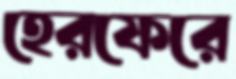
হেরফেরে